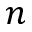
n